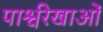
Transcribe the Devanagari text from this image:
पार्श्वरेखाओं